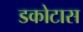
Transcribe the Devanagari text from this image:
डकोटास